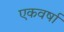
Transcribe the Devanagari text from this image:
एकवर्षा